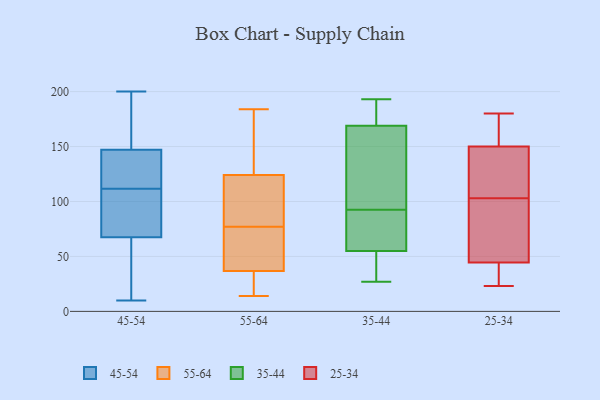
{"axis": {"x": "Population (Million)", "y": "Value"}, "legend": ["25-34", "35-44", "45-54", "55-64"], "data": [{"x": "", "y": 148, "type": "45-54"}, {"x": "", "y": 57, "type": "45-54"}, {"x": "", "y": 146, "type": "45-54"}, {"x": "", "y": 160, "type": "45-54"}, {"x": "", "y": 10, "type": "45-54"}, {"x": "", "y": 122, "type": "45-54"}, {"x": "", "y": 200, "type": "45-54"}, {"x": "", "y": 101, "type": "45-54"}, {"x": "", "y": 78, "type": "45-54"}, {"x": "", "y": 39, "type": "45-54"}, {"x": "", "y": 138, "type": "45-54"}, {"x": "", "y": 91, "type": "45-54"}, {"x": "", "y": 165, "type": "55-64"}, {"x": "", "y": 181, "type": "55-64"}, {"x": "", "y": 25, "type": "55-64"}, {"x": "", "y": 104, "type": "55-64"}, {"x": "", "y": 62, "type": "55-64"}, {"x": "", "y": 34, "type": "55-64"}, {"x": "", "y": 79, "type": "55-64"}, {"x": "", "y": 59, "type": "55-64"}, {"x": "", "y": 36, "type": "55-64"}, {"x": "", "y": 30, "type": "55-64"}, {"x": "", "y": 106, "type": "55-64"}, {"x": "", "y": 184, "type": "55-64"}, {"x": "", "y": 95, "type": "55-64"}, {"x": "", "y": 77, "type": "55-64"}, {"x": "", "y": 39, "type": "55-64"}, {"x": "", "y": 14, "type": "55-64"}, {"x": "", "y": 161, "type": "55-64"}, {"x": "", "y": 63, "type": "55-64"}, {"x": "", "y": 130, "type": "55-64"}, {"x": "", "y": 99, "type": "35-44"}, {"x": "", "y": 88, "type": "35-44"}, {"x": "", "y": 65, "type": "35-44"}, {"x": "", "y": 169, "type": "35-44"}, {"x": "", "y": 55, "type": "35-44"}, {"x": "", "y": 188, "type": "35-44"}, {"x": "", "y": 27, "type": "35-44"}, {"x": "", "y": 51, "type": "35-44"}, {"x": "", "y": 193, "type": "35-44"}, {"x": "", "y": 97, "type": "35-44"}, {"x": "", "y": 88, "type": "25-34"}, {"x": "", "y": 103, "type": "25-34"}, {"x": "", "y": 166, "type": "25-34"}, {"x": "", "y": 127, "type": "25-34"}, {"x": "", "y": 145, "type": "25-34"}, {"x": "", "y": 86, "type": "25-34"}, {"x": "", "y": 23, "type": "25-34"}, {"x": "", "y": 165, "type": "25-34"}, {"x": "", "y": 24, "type": "25-34"}, {"x": "", "y": 140, "type": "25-34"}, {"x": "", "y": 48, "type": "25-34"}, {"x": "", "y": 34, "type": "25-34"}, {"x": "", "y": 180, "type": "25-34"}]}